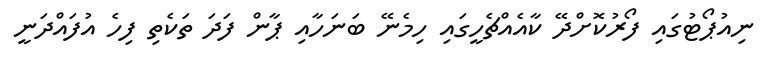
ނިއުޕޯޓުގައި ފޯރުކޮށްދޭ ކާއެއްޗެހީގައި ހިމެނޭ ބަނަހާއި ޕާން ފަދަ ތަކެތި ފިހެ އުފައްދަނީ